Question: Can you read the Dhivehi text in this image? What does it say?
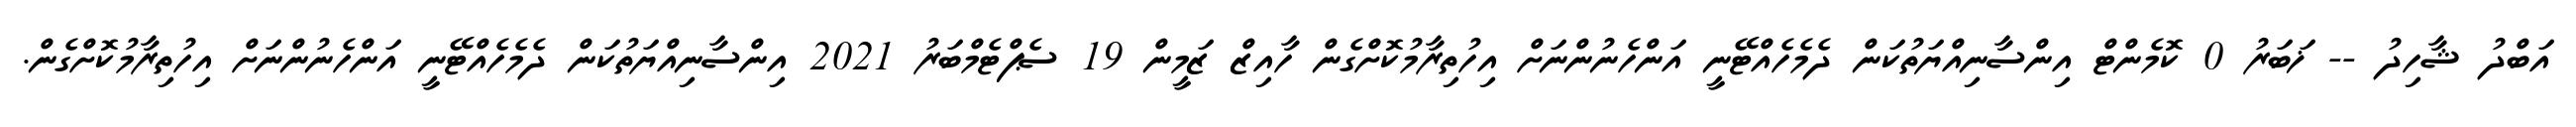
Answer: އަބްދު ޝާހިދު -- ޚަބަރު 0 ކޮމެންޓް އިންސާނިއްޔަތުކަން ދެމެހެއްޓޭނީ އަންހެނުންނަށް އިހުތިރާމުކޮށްގެން ހާއިޒް ޒަމީން 19 ސެޕްޓެމްބަރު 2021 އިންސާނިއްޔަތުކަން ދެމެހެއްޓޭނީ އަންހެނުންނަށް އިހުތިރާމުކޮށްގެން.